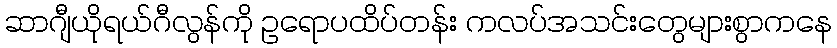
ဆာဂျီယိုရယ်ဂီလွန်ကို ဥရောပထိပ်တန်း ကလပ်အသင်းတွေများစွာကနေ